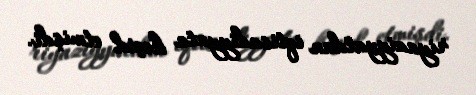
riyaziyyatdan iqtisadiyyata keçid etmişdi.